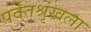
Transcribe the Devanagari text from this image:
पर्वतश्रृंखला